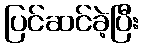
ပြင်ဆင်ခဲ့ပြီး